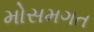
મોસમગત